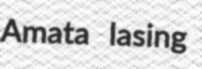
Amata lasing